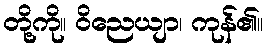
တို့ကို။ ဝိညေယျာ၊ ကုန်၏။